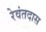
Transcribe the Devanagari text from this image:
रेवंतदास